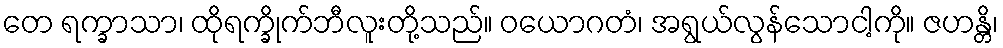
တေ ရက္ခာသာ၊ ထိုရက္ခိုက်ဘီလူးတို့သည်။ ဝယောဂတံ၊ အရွယ်လွန်သောငါ့ကို။ ဇဟန္တိ၊